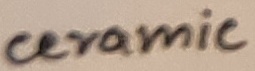
Text: ceramic